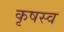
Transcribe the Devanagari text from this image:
कृषस्व